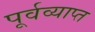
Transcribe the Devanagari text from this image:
पूर्वव्याप्त